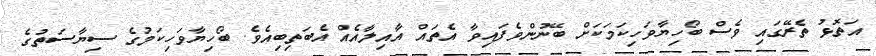
އަތޮޅު ތެރޭގައި ވެސް ބޯހިޔާވަހިކަމަކަށް ބޭނުންވެފައިވާ އެތައް އާއިލާއެއް އެބަތިބިއެވެ. ބޯހިޔާވަހިކަމުގެ ސިޔާސަތުގެ